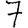
Digit: 7